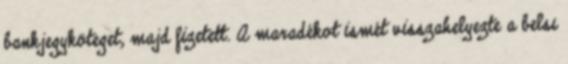
bankjegyköteget, majd fizetett. A maradékot ismét visszahelyezte a belsı